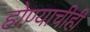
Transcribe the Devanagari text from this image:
होण्याचीही